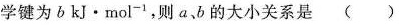
学键为b kj · mol^{-1},则a、b的大小关系是()